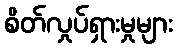
စိတ်လှုပ်ရှားမှုများ